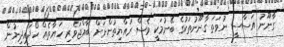
ގާނޫނު އަސާސީ ނުވަތަ ގާނޫނުތަކުގެ ބޭނުމަކީ ވެސް ރައްޔިތުންނަށް ބާއްޖަވެރި ހަޔާތެއް ހޯދައިދިނުން